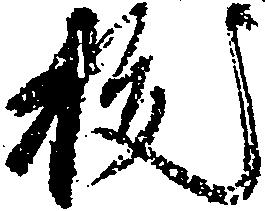
抜